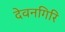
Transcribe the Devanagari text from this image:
देवनगिरि